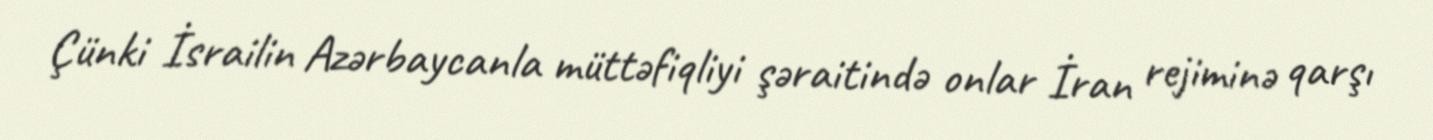
Çünki İsrailin Azərbaycanla müttəfiqliyi şəraitində onlar İran rejiminə qarşı